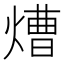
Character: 㷮